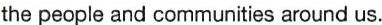
the people and communities around us.